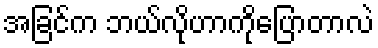
အခြင်က ဘယ်လိုဟာကိုပြောတာလဲ